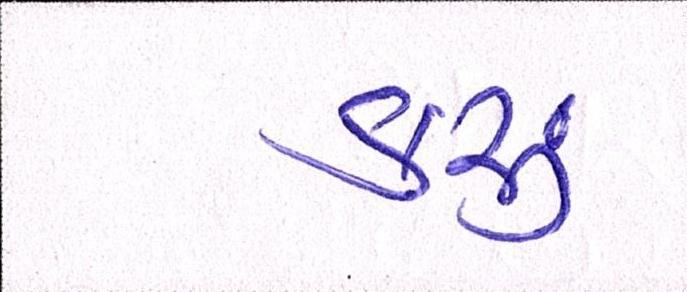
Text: કરૂં